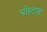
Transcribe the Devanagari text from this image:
पोस्टास